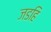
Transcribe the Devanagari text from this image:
जडहि